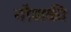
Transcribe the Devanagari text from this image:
नौशकी